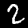
Label: 2